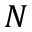
N